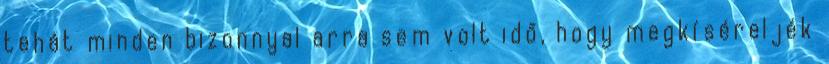
tehát minden bizonnyal arra sem volt idő, hogy megkíséreljék